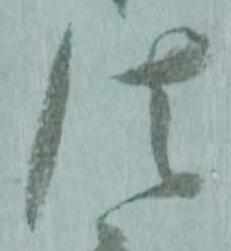
法